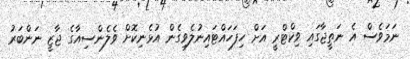
ނަމަވެސް އެ ނަތީޖާގައި ވިކްޓްރީ އަށް ހިފަހައްޓައިނުލެވިގެން އުޅެނިކޮށް ވެލެންސިއާގެ ޖާޒީ ނަންބަރު